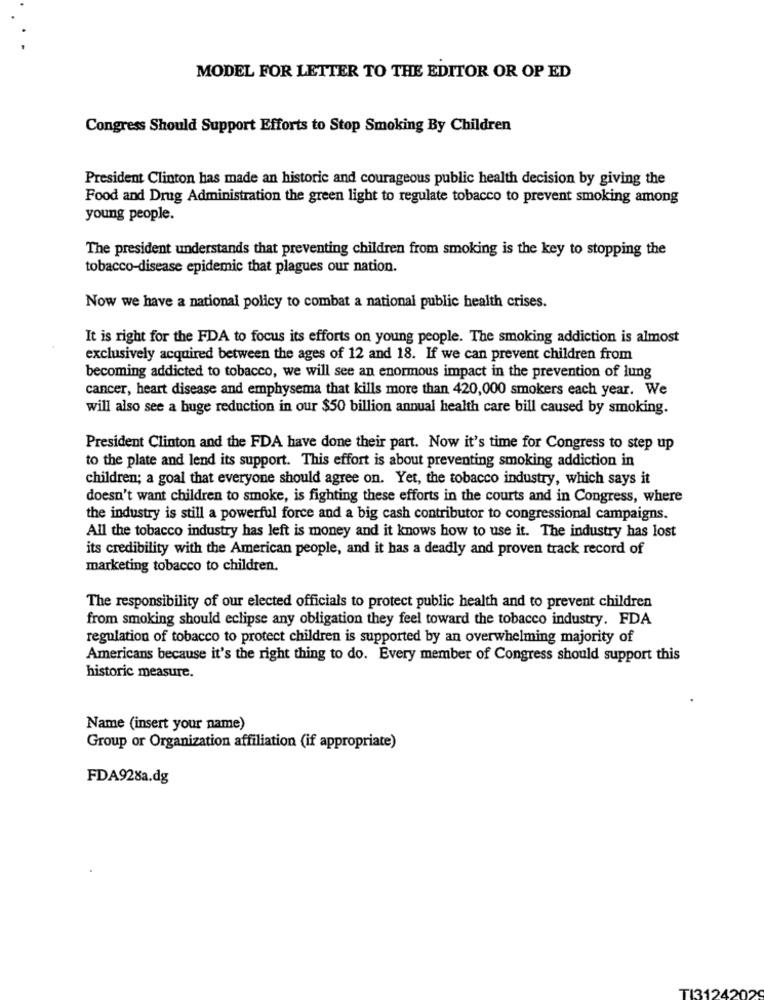
MODEL FOR LETTER TO THE EDITOR OR OP ED
Congress Should Support Efforts to Stop Smoking By Children
President Clinton has made an historic and courageous public health decision by giving the
Food and Drug Administration the green light to regulate tobacco to prevent smoking among
young people.
The president understands that preventing children from smoking is the key to stopping the
tobacco-disease epidemic that plagues our nation.
Now we have a national policy to combat a national public health crises.
It is right for the FDA to focus its efforts on young people. The smoking addiction is almost
exclusively acquired between the ages of 12 and 18. If we can prevent children from
becoming addicted to tobacco, we will see an enormous impact in the prevention of lung
cancer, heart disease and emphysema that kills more than 420,000 smokers each year. We
will also see a buge reduction in our $50 billion annual health care bill caused by smoking.
President Clinton and the FDA have done their part. Now it's time for Congress to step up
to the plate and lend its support. This effort is about preventing smoking addiction in
children; a goal that everyone should agree on. Yet, the tobacco industry, which says it
doesn't want children to smoke, is fighting these efforts in the courts and in Congress, where
the industry is still a powerful force and a big cash contributor to congressional campaigns.
All the tobacco industry has left is money and it knows how to use it. The industry has lost
its credibility with the American people, and it has a deadly and proven track record of
marketing tobacco to children.
The responsibility of our elected officials to protect public health and to prevent children
from smoking should eclipse any obligation they feel toward the tobacco industry. FDA
regulation of tobacco to protect children is supported by an overwhelming majority of
Americans because it's the right thing to do. Every member of Congress should support this
historic measure.
Name (insert your name)
Group or Organization affiliation (if appropriate)
FDA928a.dg
TI31242020